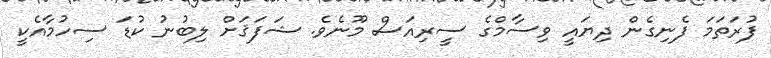
ފުރަތަމަ ފެނިގެން ދިޔައީ ވިސާމްގެ ސީރިއަސް މޫނެވެ. ޝަފަޤަށް ލިބުނު ކުޑަ ސިހުމާއެކީ